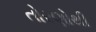
તોરણોથી